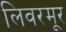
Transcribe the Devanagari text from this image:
लिवरमूर